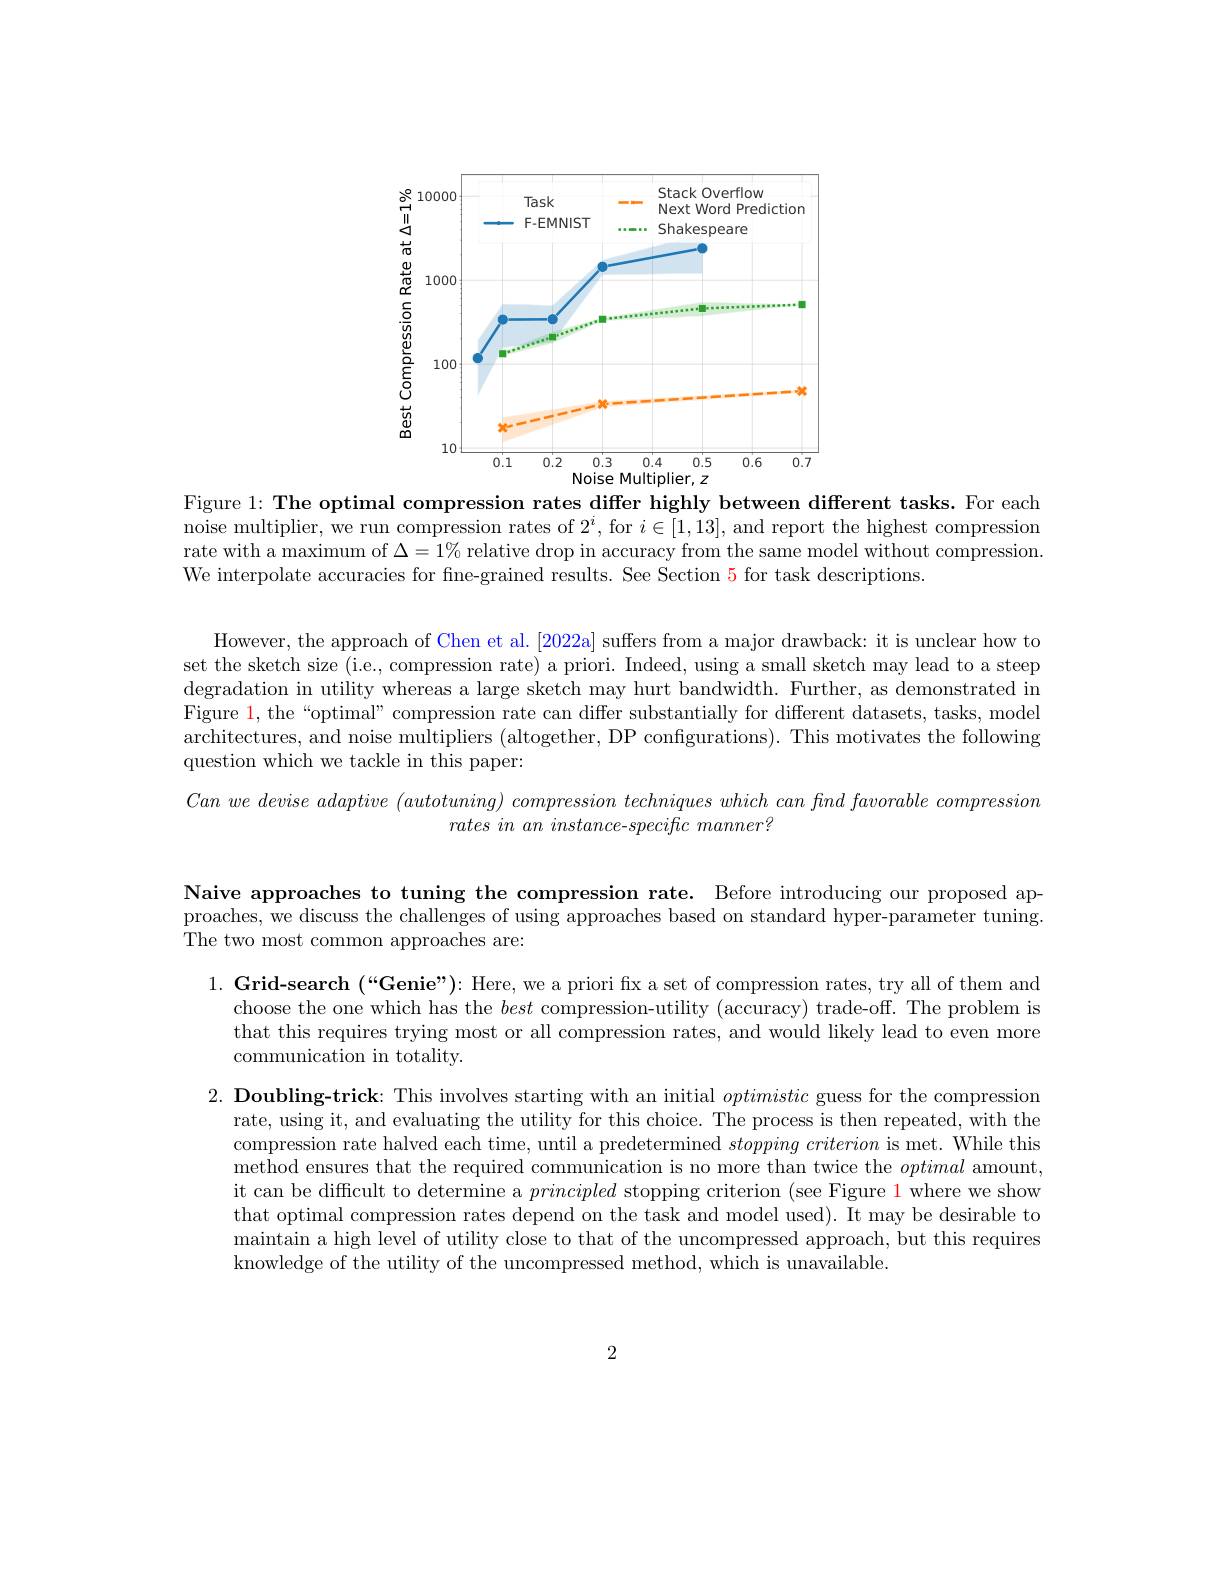
<FigureHere>

Figure 1: The optimal compression rates differ highly between different tasks. For each

noise multiplier, we run compression rates of $2^i$, for $i\in[1,13]$, and report the highest compression

rate with a maximum of $\Delta=1\%$ relative drop in accuracy from the same model without compression.

We interpolate accuracies for fine-grained results. See Section 5 for task descriptions.

However, the approach of Chen et al. [2022a] suffers from a major drawback: it is unclear how to set the sketch size (i.e., compression rate) a priori. Indeed, using a small sketch may lead to a steep degradation in utility whereas a large sketch may hurt bandwidth. Further, as demonstrated in Figure 1, the“optimal” compression rate can differ substantially for different datasets, tasks, model architectures, and noise multipliers (altogether, DP configurations). This motivates the following question which we tackle in this paper:

$Can~we~devise~adaptive~(autotuning)~compression~techniques~which~can~find~favorable~compression$
$\textit{rates in an instance- specific manner? }$

Naive approaches to tuning the compression rate. Before introducing our proposed approaches, we discuss the challenges of using approaches based on standard hyper-parameter tuning. The two most common approaches are:

$1. \textbf{ Grid- search ( “ Genie” ) : Here, we a priori fx a set of compression rates, try all of them and}$
choose the one which has the best compression-utility (accuracy) trade-off. The problem is that this requires trying most or all compression rates, and would likely lead to even more communication in totality.

$2. \textbf{ Doubling- trick: This involves starting with an initial }optimistic$ guess for the compression
rate, using it, and evaluating the utility for this choice. The process is then repeated, with the compression rate halved each time, until a predetermined $stopping\textit{ criterion is met. While this}$ method ensures that the required communication is no more than twice the optimal amount, it can be difficult to determine a principled stopping criterion (see Figure 1 where we show that optimal compression rates depend on the task and model used). It may be desirable to maintain a high level of utility close to that of the uncompressed approach, but this requires knowledge of the utility of the uncompressed method, which is unavailable.

2